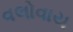
વલોવાય